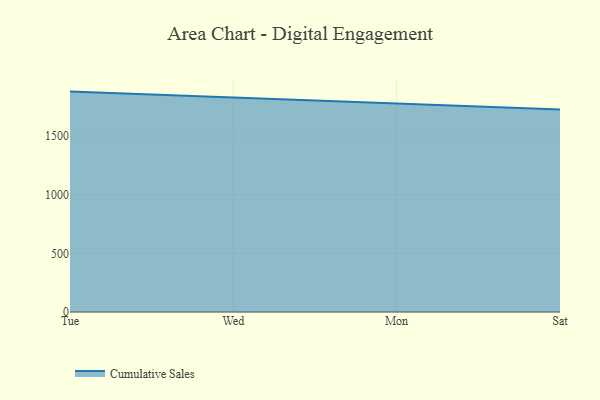
{"axis": {"x": "Day", "y": "Bounce Rate (%)"}, "legend": ["Cumulative Sales"], "data": [{"x": "Tue", "y": 1878.4, "type": "Cumulative Sales"}, {"x": "Wed", "y": 1829.9, "type": "Cumulative Sales"}, {"x": "Mon", "y": 1777.2, "type": "Cumulative Sales"}, {"x": "Sat", "y": 1726.1, "type": "Cumulative Sales"}]}